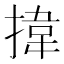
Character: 𢯷